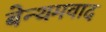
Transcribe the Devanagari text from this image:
बेन्थमवाद